Etiology and epidemiology of plague
Disease focus: Plague
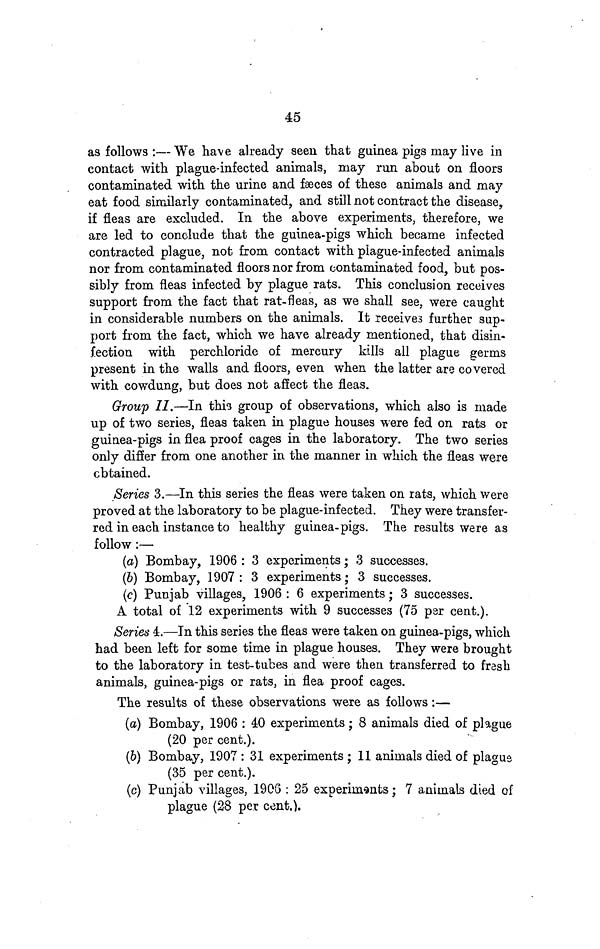
45
as follows :— We have already seen that guinea pigs may live in
contact with plague-infected animals, may run about on floors
contaminated with the urine and fæces of these animals and may
eat food similarly contaminated, and still not contract the disease,
if fleas are excluded. In the above experiments, therefore, we
are led to conclude that the guinea-pigs which became infected
contracted plague, not from contact with plague-infected animals
nor from contaminated floors nor from contaminated food, but pos-
sibly from fleas infected by plague rats. This conclusion receives
support from the fact that rat-fleas, as we shall see, were caught
in considerable numbers on the animals. It receives further sup-
port from the fact, which we have already mentioned, that disin-
fection with perchloride of mercury kills all plague germs
present in the walls and floors, even when the latter are covered
with cowdung, but does not affect the fleas.
Group II.—In this group of observations, which also is made
up of two series, fleas taken in plague houses were fed on rats or
guinea-pigs in flea proof cages in the laboratory. The two series
only differ from one another in the manner in which the fleas were
cbtained.
Series 3.—In this series the fleas were taken on rats, which were
proved at the laboratory to be plague-infected. They were transfer-
red in each instance to healthy guinea-pigs. The results were as
follow :—
(a) Bombay, 1906 : 3 experiments ; 3 successes.
(b) Bombay, 1907 : 3 experiments ; 3 successes.
(c) Punjab villages, 1906 : 6 experiments ; 3 successes.
A total of 12 experiments with 9 successes (75 per cent.).
Series 4.—In this series the fleas were taken on guinea-pigs, which
had been left for some time in plague houses. They were brought
to the laboratory in test-tubes and were then transferred to fresh
animals, guinea-pigs or rats, in flea proof cages.
The results of these observations were as follows :—
(a) Bombay, 1906 : 40 experiments ; 8 animals died of plague
(20 per cent.).
(b) Bombay, 1907 : 31 experiments ; 11 animals died of plague
(35 per cent.).
(c) Punjab villages, 1906 : 25 experiments ; 7 animals died of
plague (28 per cent.).